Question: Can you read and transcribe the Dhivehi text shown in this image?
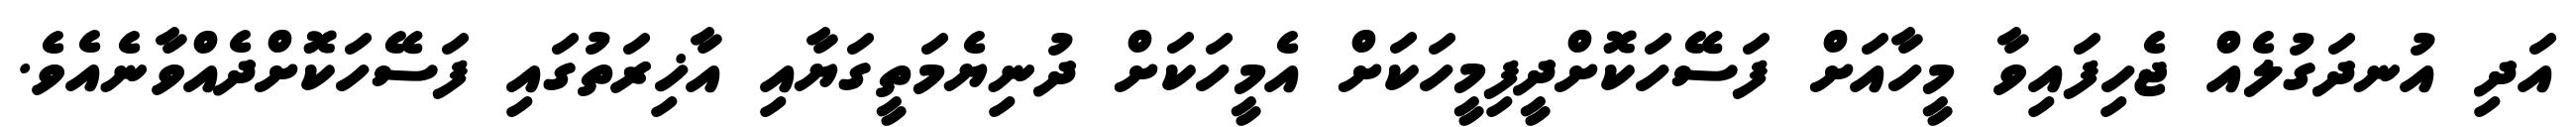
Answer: އަދި އުނދަގުލެއް ޖެހިފައިވާ މީހާއަށް ފަސޭހަކޮށްދީފިމީހަކަށް އެމީހަކަށް ދުނިޔެމަތީގަޔާއި އާޚިރަތުގައި ފަސޭހަކޮށްދެއްވާނެއެވެ.